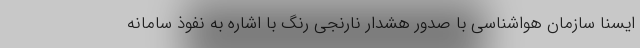
ایسنا سازمان هواشناسی با صدور هشدار نارنجی رنگ با اشاره به نفوذ سامانه